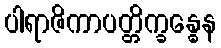
ပါရာဇိကာပတ္တိက္ခန္ဓေန